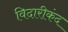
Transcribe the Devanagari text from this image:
विदारीकंद